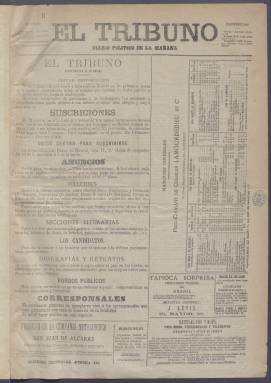
Título: El Tribuno (Madrid. 1886)
Colección: Periódicos
Ámbito geográfico: Madrid
Lugar de publicación: Madrid
Fechas: 06/02/1886-20/09/1886